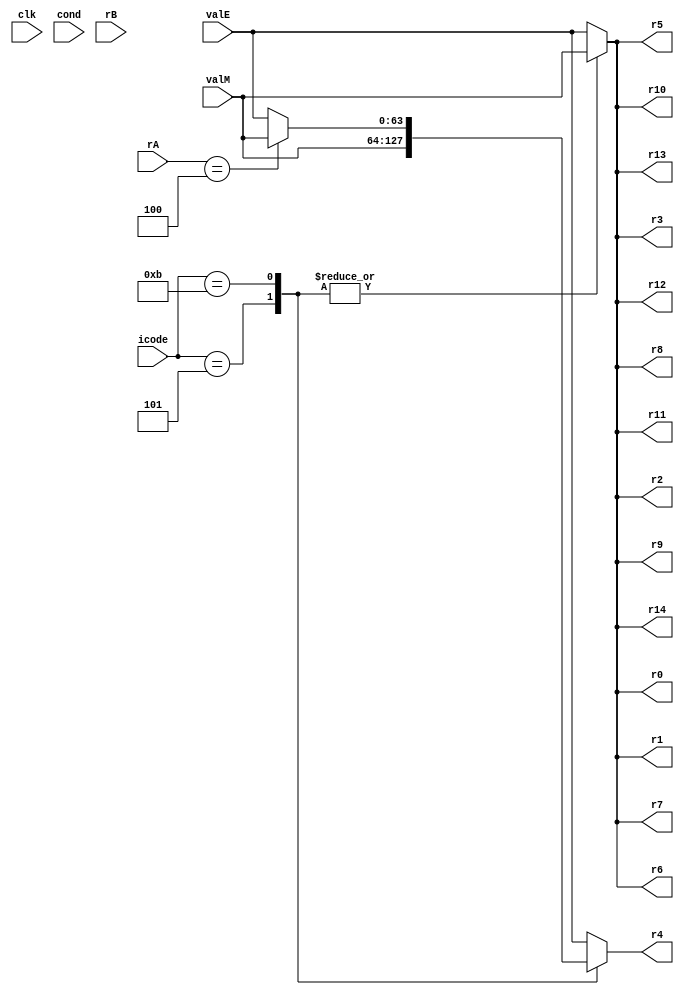
`timescale 1ns/10ps

module writeback(clk,icode,cond,rA,rB,valE,valM,r0, r1, r2, r3, r4, r5, r6, r7, r8, r9, r10, r11, r12, r13, r14);

//[63:0] after regA makes it an array but putting it before means its a net
input clk;
input [3:0]icode; //first 4 bits of the first byte
input signed [63:0]valM; 
input signed [63:0]valE;
input [3:0]rA;
input [3:0]rB;
input cond;

output reg signed [63:0] r1;
output reg signed [63:0] r2;
output reg signed [63:0] r3;
output reg signed [63:0] r4;
output reg signed [63:0] r5;
output reg signed [63:0] r6;
output reg signed [63:0] r7;
output reg signed [63:0] r8;
output reg signed [63:0] r9;
output reg signed [63:0] r10;
output reg signed [63:0] r11;
output reg signed [63:0] r12;
output reg signed [63:0] r13;
output reg signed [63:0] r14;
output reg signed [63:0] r0;

reg signed [63:0]reg_file [0:14]; //15 reigsters of size 64 bits

//for the purpose of testing testbench
initial 
begin
reg_file[0] = 64'd5;
reg_file[1] = 64'd45;
reg_file[2] = -64'd90;
reg_file[3] = 64'd54;
reg_file[4] = 64'd32;  //stack pointer register
reg_file[5] = 64'd21;
reg_file[6] = 64'd56;
reg_file[7] = 64'd33;
reg_file[8] = -64'd77;
reg_file[9] = 64'd0;
reg_file[10] = 64'd34;
reg_file[11] = 64'd7;
reg_file[12] = 64'd5;
reg_file[13] = -64'd9;
reg_file[14] = 64'd16;
end

always @(*)
begin
    case(icode)
    //cmovxx
    4'b0010:
    begin
        if(cond)
        begin
            reg_file[rB] = valE;
        end
    end

    //irmov
    4'b0011:
    begin
        reg_file[rB] = valE;
    end

    //mrmov
    4'b0101:
    begin
        reg_file[rA] = valM;
    end

    //opq
    4'b0110:
    begin
        reg_file[rB] = valE;
    end

    //call
    4'b1000:
    begin
        reg_file[4] = valE;
    end

    //ret
    4'b1001:
    begin
        reg_file[4] = valE;
    end

    //push
    4'b1010:
    begin
        reg_file[4] = valE;
    end

    //pop
    4'b1011:
    begin
        reg_file[4] = valE;
        reg_file[rA] = valM;
    end
    endcase

    r0 = reg_file[0];
    r1 = reg_file[1];
    r2 = reg_file[2];
    r3 = reg_file[3];
    r4 = reg_file[4]; //stack pointer register
    r5 = reg_file[5];
    r6 = reg_file[6];
    r7 = reg_file[7];
    r8 = reg_file[8];
    r9 = reg_file[9];
    r10 = reg_file[10];
    r11 = reg_file[11];
    r12 = reg_file[12];
    r13 = reg_file[13];
    r14 = reg_file[14];
end


endmodule